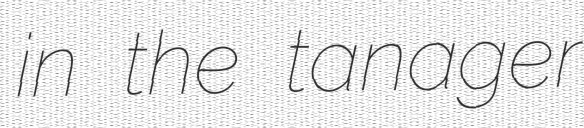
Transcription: in the tanager